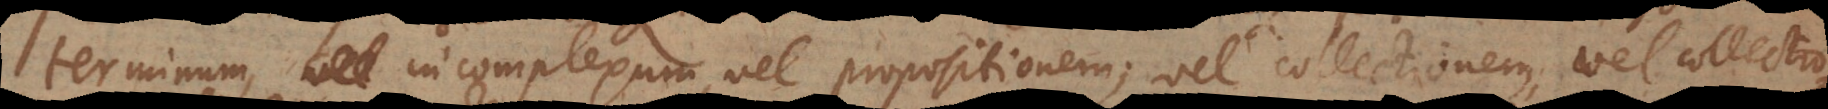
terminum incomplexum, vel propositionem; vel collectionem, vel collectio